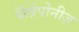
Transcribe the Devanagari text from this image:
पॅलोपोनीज़